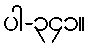
ပါ-၃၄၁။